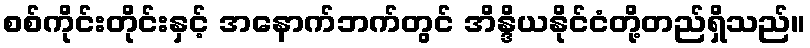
စစ်ကိုင်းတိုင်းနှင့် အနောက်ဘက်တွင် အိန္ဒိယနိုင်ငံတို့တည်ရှိသည်။